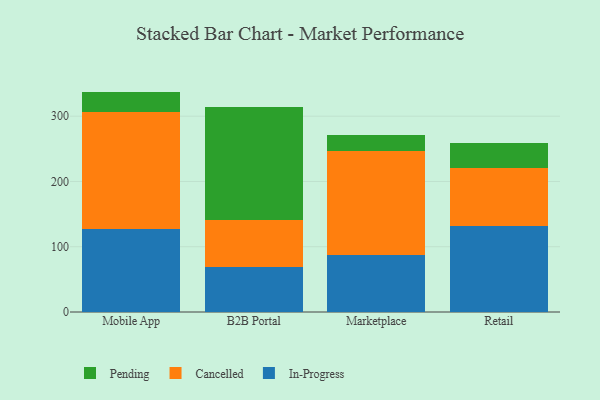
{"axis": {"x": "Channel", "y": "Backlog"}, "legend": ["Cancelled", "In-Progress", "Pending"], "data": [{"x": "Mobile App", "y": 127.2, "type": "In-Progress"}, {"x": "Mobile App", "y": 178.5, "type": "Cancelled"}, {"x": "Mobile App", "y": 32.0, "type": "Pending"}, {"x": "B2B Portal", "y": 68.7, "type": "In-Progress"}, {"x": "B2B Portal", "y": 72.1, "type": "Cancelled"}, {"x": "B2B Portal", "y": 173.7, "type": "Pending"}, {"x": "Marketplace", "y": 86.8, "type": "In-Progress"}, {"x": "Marketplace", "y": 159.8, "type": "Cancelled"}, {"x": "Marketplace", "y": 24.0, "type": "Pending"}, {"x": "Retail", "y": 132.5, "type": "In-Progress"}, {"x": "Retail", "y": 87.4, "type": "Cancelled"}, {"x": "Retail", "y": 38.8, "type": "Pending"}]}